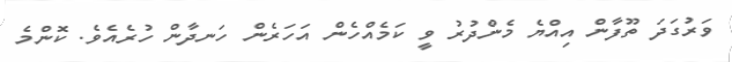
ވަރުގަދަ ތޫފާން އިއްޔެ މެންދުރު ވީ ކަމެއްހެން އަހަރެން ހަނދާން ހުރެއެވެ. ކޮންމެ